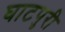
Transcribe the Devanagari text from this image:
घाटपुरी